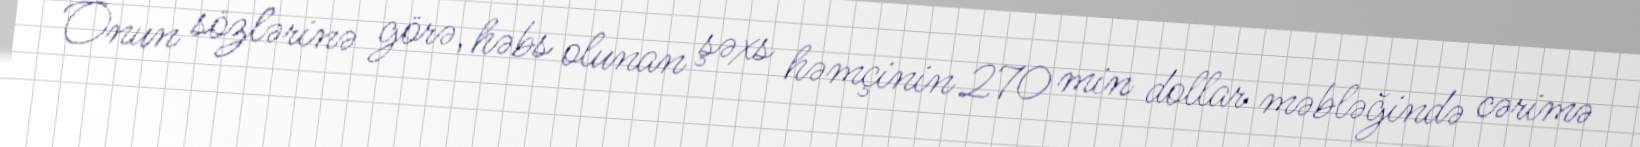
Onun sözlərinə görə, həbs olunan şəxs həmçinin 270 min dollar məbləğində cərimə